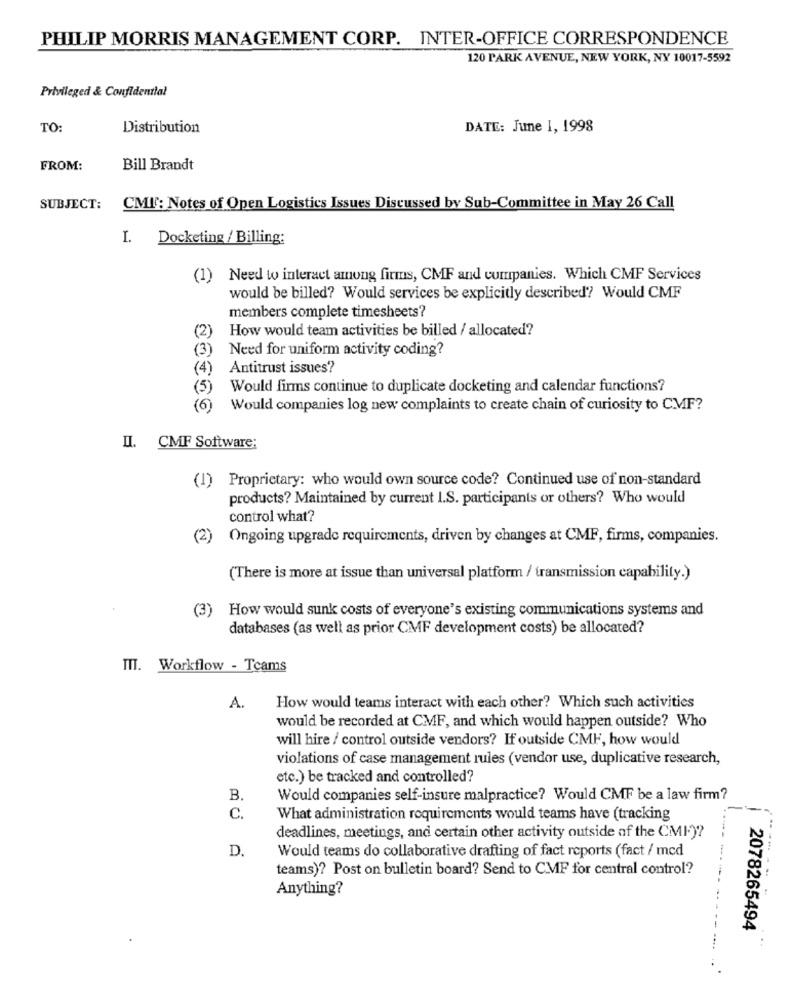
PHILIP MORRIS MANAGEMENT CORP. INTER-OFFICE CORRESPONDENCE
120 PARK AVENUE, NEW YORK, NY 10017-5592
Privileged & Confidential
TO:
Distribution
DATE: June 1, 1998
FROM:
Bill Brandt
SUBJECT:
CMI: Notes of Open Logistics Issues Discussed by Sub-Committee in May 26 Call
I. Docketing / Billing:
(1) Need to interact among firms, CMF and companies. Which CMF Services
would be billed? Would services be explicitly described? Would CMF
members complete timesheets?
How would team activities be billed / allocated?
(2)
(3)
Need for uniform activity coding?
(4)
Antitrust issues?
(5 )
Would firms continue to duplicate docketing and calendar functions?
(6)
Would companies log new complaints to create chain of curiosity to CMF?
II. CMF Software:
(1) Proprietary: who would own source code? Continued use of non-standard
products? Maintained by current I.S. participants or others? Who would
control what?
(2)
Ongoing upgrade requirements, driven by changes at CMF, firms, companies.
(There is more at issue than universal platform / transmission capability.)
(3)
How would sunk costs of everyone's existing communications systems and
databases (as well as prior CMF development costs) be allocated?
ITT. Workflow - Teams
A.
How would teams interact with each other? Which such activities
would be recorded at CMF, and which would happen outside? Who
will hire / control outside vendors? If outside CMF, how would
violations of case management rules (vendor use, duplicative research,
etc.) be tracked and controlled?
B
Would companies self-insure malpractice? Would CMF be a law firm?
C.
What administration requirements would teams have (tracking
deadlines, meetings, and certain other activity outside of the CMI-)?
D.
Would teams do collaborative drafting of fact reports (fact / med
teams)? Post on bulletin board? Send to CMF for central control?
---- - -
Anything?
2078265494
-----